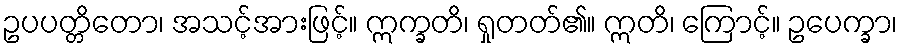
ဥပပတ္တိတော၊ အသင့်အားဖြင့်။ ဣက္ခတိ၊ ရှုတတ်၏။ ဣတိ၊ ကြောင့်။ ဥပေက္ခာ၊